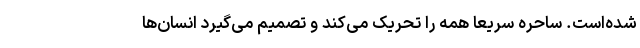
شده‌است. ساحره سریعاً همه را تحریک می‌کند و تصمیم می‌گیرد انسان‌ها